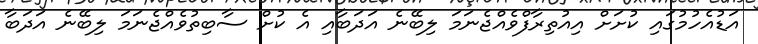
އަޑުއެހުމުގައި ކުށަށް އިއުތިރާފްވެއްޖެނަމަ ލިބޭނެ އަަދަބާއި އެ ކުށް ސާބިތުވެއްޖެނަމަ ލިބޭނެ އަދަބާ